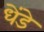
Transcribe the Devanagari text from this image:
धेंडे